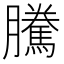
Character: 騰